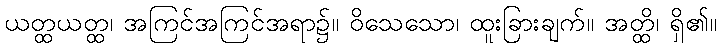
ယတ္ထယတ္ထ၊ အကြင်အကြင်အရာ၌။ ဝိသေသော၊ ထူးခြားချက်။ အတ္ထိ၊ ရှိ၏။